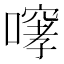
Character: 𫫳